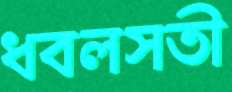
ধবলসতী